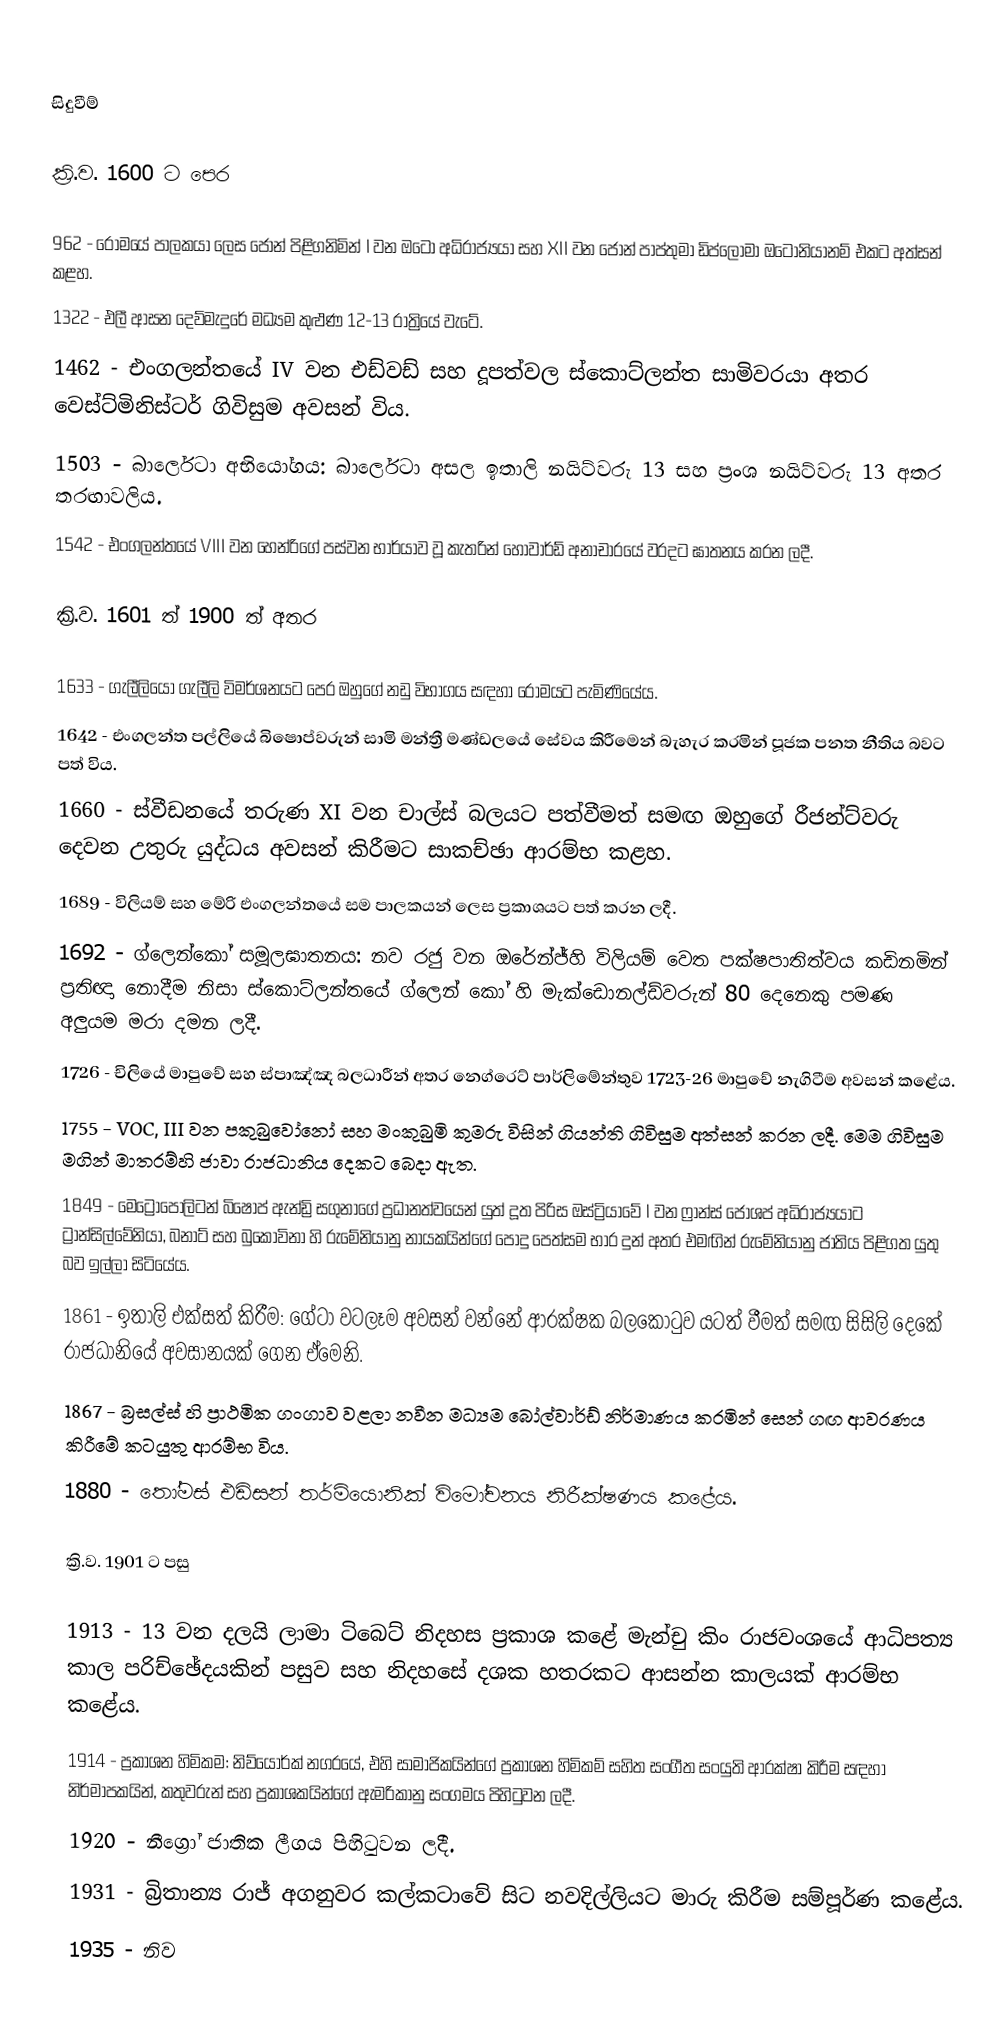

සිදුවීම්

ක්‍රි.ව. 1600 ට පෙර

 962 - රෝමයේ පාලකයා ලෙස ජෝන් පිළිගනිමින් I වන ඔටෝ අධිරාජ්‍යයා සහ XII වන ජෝන් පාප්තුමා ඩිප්ලෝමා ඔටෝනියානම් එකට අත්සන් කළහ.
 1322 - එලී ආසන දෙව්මැදුරේ මධ්‍යම කුළුණ 12-13 රාත්‍රියේ වැටේ.
 1462 - එංගලන්තයේ IV වන එඩ්වඩ් සහ දූපත්වල ස්කොට්ලන්ත සාමිවරයා අතර වෙස්ට්මිනිස්ටර් ගිවිසුම අවසන් විය.
 1503 - බාර්ලෙටා අභියෝගය: බාර්ලෙටා අසල ඉතාලි නයිට්වරු 13 සහ ප්‍රංශ නයිට්වරු 13 අතර තරඟාවලිය.
 1542 - එංගලන්තයේ VIII වන හෙන්රිගේ පස්වන භාර්යාව වූ කැතරින් හොවාර්ඩ් අනාචාරයේ වරදට ඝාතනය කරන ලදී.

ක්‍රි.ව. 1601 ත් 1900 ත් අතර

 1633 - ගැලීලියෝ ගැලීලි විමර්ශනයට පෙර ඔහුගේ නඩු විභාගය සඳහා රෝමයට පැමිණියේය.
 1642 - එංගලන්ත පල්ලියේ බිෂොප්වරුන් සාමි මන්ත්‍රී මණ්ඩලයේ සේවය කිරීමෙන් බැහැර කරමින් පූජක පනත නීතිය බවට පත් විය.
 1660 - ස්වීඩනයේ තරුණ XI වන චාල්ස් බලයට පත්වීමත් සමඟ ඔහුගේ රීජන්ට්වරු දෙවන උතුරු යුද්ධය අවසන් කිරීමට සාකච්ඡා ආරම්භ කළහ.
 1689 - විලියම් සහ මේරි එංගලන්තයේ සම පාලකයන් ලෙස ප්‍රකාශයට පත් කරන ලදී.
 1692 - ග්ලෙන්කෝ සමූලඝාතනය: නව රජු වන ඔරේන්ජ්හි විලියම් වෙත පක්ෂපාතිත්වය කඩිනමින් ප්‍රතිඥා නොදීම නිසා ස්කොට්ලන්තයේ ග්ලෙන් කෝ හි මැක්ඩොනල්ඩ්වරුන් 80 දෙනෙකු පමණ අලුයම මරා දමන ලදී.
 1726 - චිලියේ මාපුචේ සහ ස්පාඤ්ඤ බලධාරීන් අතර නෙග්රෙට් පාර්ලිමේන්තුව 1723-26 මාපුචේ නැගිටීම අවසන් කළේය.
 1755 - VOC, III වන පකුබුවෝනෝ සහ මංකුබුමි කුමරු විසින් ගියන්ති ගිවිසුම අත්සන් කරන ලදී. මෙම ගිවිසුම මගින් මාතරම්හි ජාවා රාජධානිය දෙකට බෙදා ඇත.
 1849 - මෙට්‍රොපොලිටන් බිෂොප් ඇන්ඩ්‍රි සගුනාගේ ප්‍රධානත්වයෙන් යුත් දූත පිරිස ඔස්ට්‍රියාවේ I වන ෆ්‍රාන්ස් ජෝශප් අධිරාජ්‍යයාට ට්‍රාන්සිල්වේනියා, බනාට් සහ බුකොවිනා හි රුමේනියානු නායකයින්ගේ පොදු පෙත්සම භාර දුන් අතර එමඟින් රුමේනියානු ජාතිය පිළිගත යුතු බව ඉල්ලා සිටියේය.
 1861 - ඉතාලි එක්සත් කිරීම: ගේටා වටලෑම අවසන් වන්නේ ආරක්ෂක බලකොටුව යටත් වීමත් සමඟ සිසිලි දෙකේ රාජධානියේ අවසානයක් ගෙන ඒමෙනි.
 1867 - බ්‍රසල්ස් හි ප්‍රාථමික ගංගාව වළලා නවීන මධ්‍යම බෝල්වාර්ඩ් නිර්මාණය කරමින් සෙන් ගඟ ආවරණය කිරීමේ කටයුතු ආරම්භ විය.
 1880 - තෝමස් එඩිසන් තර්මියොනික් විමෝචනය නිරීක්ෂණය කළේය.

ක්‍රි.ව. 1901 ට පසු

 1913 - 13 වන දලයි ලාමා ටිබෙට් නිදහස ප්‍රකාශ කළේ මැන්චු කිං රාජවංශයේ ආධිපත්‍ය කාල පරිච්ඡේදයකින් පසුව සහ නිදහසේ දශක හතරකට ආසන්න කාලයක් ආරම්භ කළේය.
 1914 - ප්‍රකාශන හිමිකම: නිව්යෝර්ක් නගරයේ, එහි සාමාජිකයින්ගේ ප්‍රකාශන හිමිකම් සහිත සංගීත සංයුති ආරක්ෂා කිරීම සඳහා නිර්මාපකයින්, කතුවරුන් සහ ප්‍රකාශකයින්ගේ ඇමරිකානු සංගමය පිහිටුවන ලදී.
 1920 - නීග්‍රෝ ජාතික ලීගය පිහිටුවන ලදී.
 1931 - බ්‍රිතාන්‍ය රාජ් අගනුවර කල්කටාවේ සිට නවදිල්ලියට මාරු කිරීම සම්පූර්ණ කළේය.
 1935 - නිව